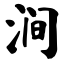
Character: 涧